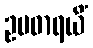
ဥပဓာရယိံ